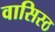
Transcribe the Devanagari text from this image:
वासिस्ठ